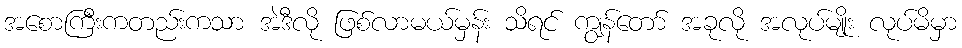
အစောကြီးကတည်းကသာ အဲဒီလို ဖြစ်လာမယ်မှန်း သိရင် ကျွန်တော် အခုလို အလုပ်မျိုး လုပ်မိမှာ